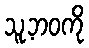
သူ့ဘဝကို